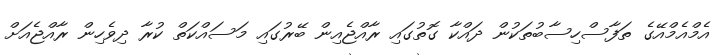
އެމްއެމްއޭގެ ތަފާސްހިސާބުތަކުން ދައްކާ ގޮތުގައި ރާއްޖެއިން ބޭރުގައި މަސައްކަތް ކުރާ ދިވެހިން ރާއްޖެއަށް